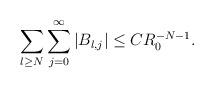
LaTeX: \begin{align*}\sum_{l\ge N}\sum_{j=0}^{\infty}|B_{l,j}|\le CR_0^{-N-1}.\end{align*}